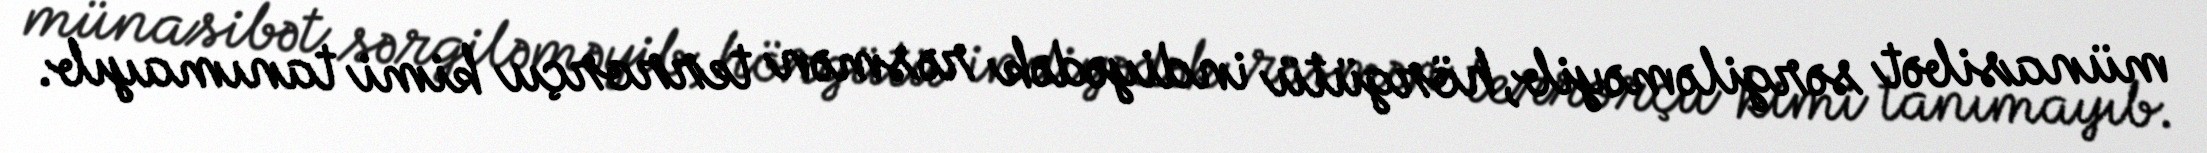
münasibət sərgiləməyib, hörgütü indiyədək rəsmən terrorçu kimi tanımayıb.